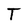
Character: T